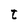
Character: t